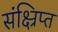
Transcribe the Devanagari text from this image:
संक्ष्रिप्त